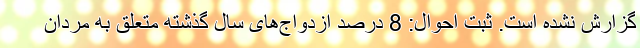
گزارش نشده است. ثبت احوال: 8 درصد ازدواج‌های سال گذشته متعلق به مردان